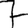
Digit: 7